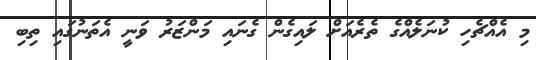
މި އެއްޗެހި ކުނަލެއްގެ ތެރެއަށް ލައިގެން ގެނައި މަންޒަރު ވަނީ އެތަނުގައި ތިބި